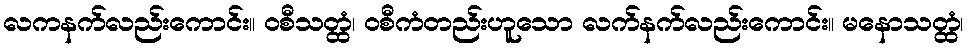
လကနက်လည်းကောင်း။ ဝစီသတ္ထံ၊ ဝစီကံတည်းဟူသော လက်နက်လည်းကောင်း။ မနောသတ္ထံ၊